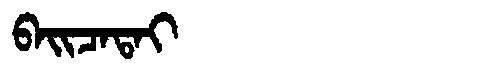
Manchu: ᠪᠠᡳᠴᠠᡨᠠᡳ
Romanization: BAICATAI